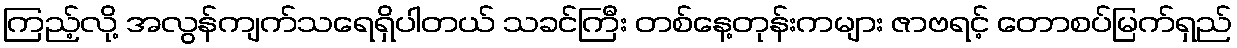
ကြည့်လို့ အလွန်ကျက်သရေရှိပါတယ် သခင်ကြီး တစ်နေ့တုန်းကများ ဇာဗရင့် တောစပ်မြက်ရှည်